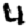
Digit: 4